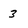
Character: 3